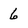
Character: 6